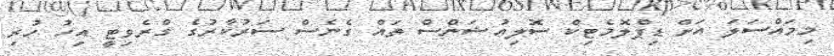
މިމައްސަލަ އަށް ޑިޕްލޮމެޓިކް ސޮލިއުޝަންސް ތައް ގެނެސް ސަރުކާރުގެ ގްރެވިޓީ އިހު ހުރި